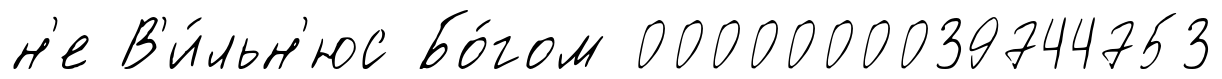
н'е В'и́льн'юс Бо́гом 0000000039744753